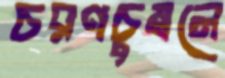
চরণচুম্বনে